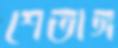
শেতাঙ্গ